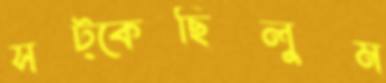
সট্‌কেছিলুম